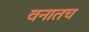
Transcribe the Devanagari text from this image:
वनातच